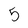
Character: 5